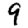
Digit: 9